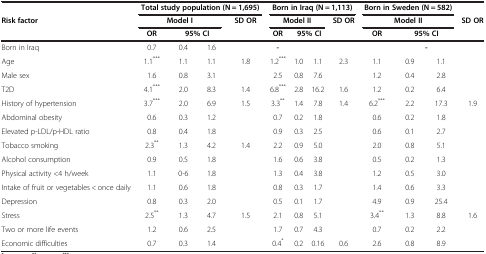
<table><thead><tr><td><b> </b></td><td colspan="4"><b>Total study population (N = 1,695)</b></td><td colspan="4"><b>Born in Iraq (N = 1,113)</b></td><td colspan="3"><b>Born in Sweden (N = 582)</b></td><td><b> </b></td></tr><tr><td><b>Risk factor</b></td><td colspan="3"><b>Model I</b></td><td><b>SD OR</b></td><td colspan="3"><b>Model II</b></td><td><b>SD OR</b></td><td colspan="3"><b>Model II</b></td><td><b>SD OR</b></td></tr><tr><td><b> </b></td><td><b>OR</b></td><td colspan="2"><b>95% CI</b></td><td><b> </b></td><td><b>OR</b></td><td colspan="2"><b>95% CI</b></td><td><b> </b></td><td><b>OR</b></td><td colspan="2"><b>95% CI</b></td><td><b> </b></td></tr></thead><tbody><tr><td>Born in Iraq</td><td>0.7</td><td>0.4</td><td>1.6</td><td> </td><td><b>-</b></td><td colspan="2"> </td><td> </td><td> </td><td colspan="2"><b>-</b></td><td> </td></tr><tr><td>Age</td><td>1.1<sup>***</sup></td><td>1.1</td><td>1.1</td><td>1.8</td><td>1.2<sup>***</sup></td><td>1.0</td><td>1.1</td><td>2.3</td><td>1.1</td><td>0.9</td><td>1.1</td><td> </td></tr><tr><td>Male sex</td><td>1.6</td><td>0.8</td><td>3.1</td><td> </td><td>2.5</td><td>0.8</td><td>7.6</td><td> </td><td>1.2</td><td>0.4</td><td>2.8</td><td> </td></tr><tr><td>T2D</td><td>4.1<sup>***</sup></td><td>2.0</td><td>8.3</td><td>1.4</td><td>6.8<sup>***</sup></td><td>2.8</td><td>16.2</td><td>1.6</td><td>1.2</td><td>0.2</td><td>6.4</td><td> </td></tr><tr><td>History of hypertension</td><td>3.7<sup>***</sup></td><td>2.0</td><td>6.9</td><td>1.5</td><td>3.3<sup>**</sup></td><td>1.4</td><td>7.8</td><td>1.4</td><td>6.2<sup>***</sup></td><td>2.2</td><td>17.3</td><td>1.9</td></tr><tr><td>Abdominal obesity</td><td>0.6</td><td>0.3</td><td>1.2</td><td> </td><td>0.7</td><td>0.2</td><td>1.8</td><td> </td><td>0.6</td><td>0.2</td><td>1.8</td><td> </td></tr><tr><td>Elevated p-LDL/p-HDL ratio</td><td>0.8</td><td>0.4</td><td>1.8</td><td> </td><td>0.9</td><td>0.3</td><td>2.5</td><td> </td><td>0.6</td><td>0.1</td><td>2.7</td><td> </td></tr><tr><td>Tobacco smoking</td><td>2.3<sup>**</sup></td><td>1.3</td><td>4.2</td><td>1.4</td><td>2.2</td><td>0.9</td><td>5.0</td><td> </td><td>2.0</td><td>0.8</td><td>5.1</td><td> </td></tr><tr><td>Alcohol consumption</td><td>0.9</td><td>0.5</td><td>1.8</td><td> </td><td>1.6</td><td>0.6</td><td>3.8</td><td> </td><td>0.5</td><td>0.2</td><td>1.3</td><td> </td></tr><tr><td>Physical activity &lt;4 h/week</td><td>1.1</td><td>0-6</td><td>1.8</td><td> </td><td>1.3</td><td>0.4</td><td>3.8</td><td> </td><td>1.2</td><td>0.5</td><td>3.0</td><td> </td></tr><tr><td>Intake of fruit or vegetables &lt; once daily</td><td>1.1</td><td>0.6</td><td>1.8</td><td> </td><td>0.8</td><td>0.3</td><td>1.7</td><td> </td><td>1.4</td><td>0.6</td><td>3.3</td><td> </td></tr><tr><td>Depression</td><td>0.8</td><td>0.3</td><td>2.0</td><td> </td><td>0.5</td><td>0.1</td><td>1.7</td><td> </td><td>4.9</td><td>0.9</td><td>25.4</td><td> </td></tr><tr><td>Stress</td><td>2.5<sup>**</sup></td><td>1.3</td><td>4.7</td><td>1.5</td><td>2.1</td><td>0.8</td><td>5.1</td><td> </td><td>3.4<sup>**</sup></td><td>1.3</td><td>8.8</td><td>1.6</td></tr><tr><td>Two or more life events</td><td>1.2</td><td>0.6</td><td>2.5</td><td> </td><td>1.7</td><td>0.7</td><td>4.3</td><td> </td><td>0.7</td><td>0.2</td><td>2.2</td><td> </td></tr><tr><td>Economic difficulties</td><td>0.7</td><td>0.3</td><td>1.4</td><td> </td><td>0.4<sup>*</sup></td><td>0.2</td><td>0.16</td><td>0.6</td><td>2.6</td><td>0.8</td><td>8.9</td><td> </td></tr></tbody></table>